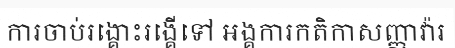
ការចាប់រង្គោះរង្គើទៅ អង្គការកតិកាសញ្ញាវ៉ារ